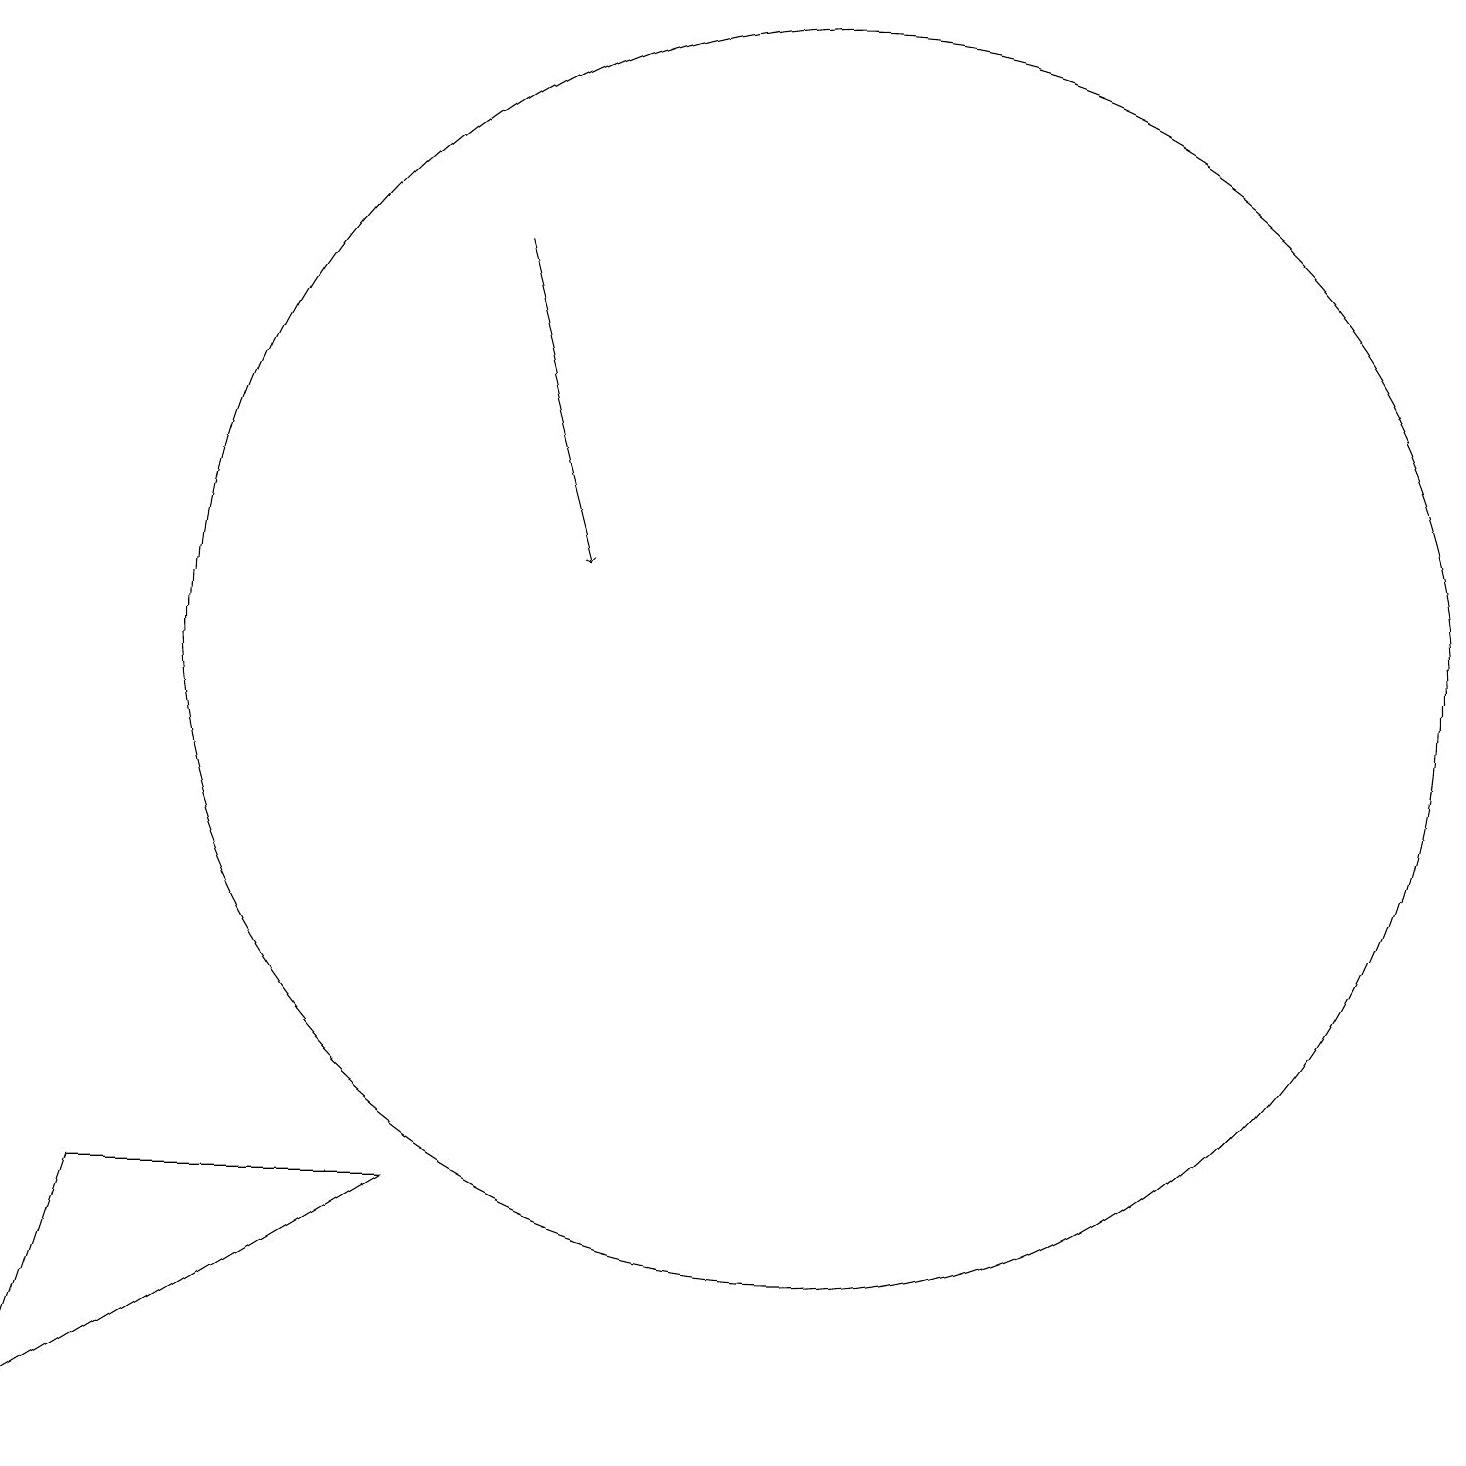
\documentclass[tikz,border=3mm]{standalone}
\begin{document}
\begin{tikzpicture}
\draw (5,3) -- (0,0) -- (1,3) -- cycle;
\draw[->] (6,15) -- (7,11);
\draw (10,10) circle (8);
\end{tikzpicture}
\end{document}